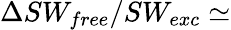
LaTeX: \Delta SW_{free}/SW_{exc}\simeq